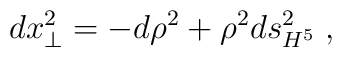
dx_\perp^2 = -d\rho^2 + \rho^2 ds_{H^5}^2 \; ,